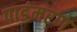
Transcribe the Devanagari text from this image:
पाडंमरण